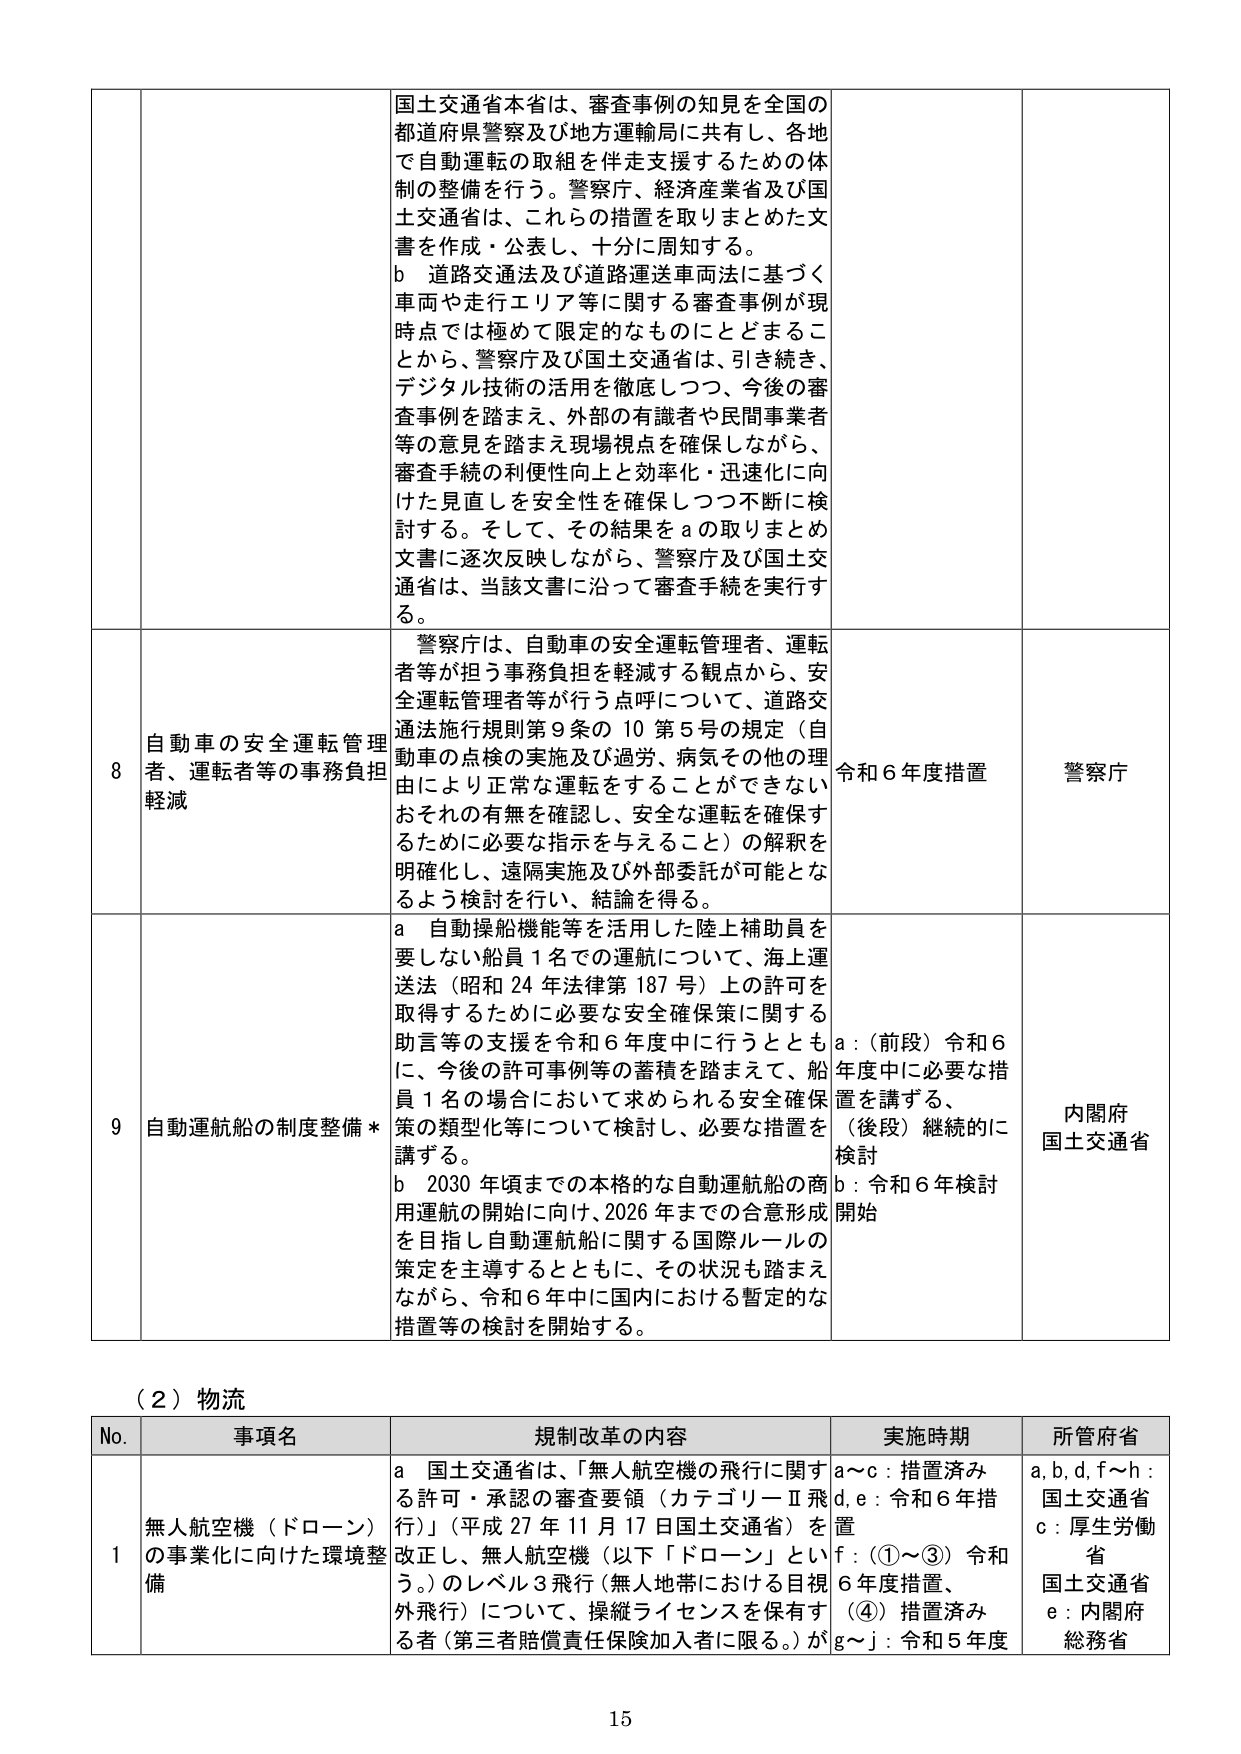
国土交通省本省は、審査事例の知見を全国の都道府県警察及び地方運輸局に共有し、各地で自動運転の取組を伴走支援するための体制の整備を行う。警察庁、経済産業省及び国土交通省は、これらの措置を取りまとめた文書を作成・公表し、十分に周知する。

b　道路交通法及び道路運送車両法に基づく車両や走行エリア等に関する審査事例が現時点では極めて限定的なものにとどまることから、警察庁及び国土交通省は、引き続き、デジタル技術の活用を徹底しつつ、今後の審査事例を踏まえ、外部の有識者や民間事業者等の意見を踏まえ現場視点を確保しながら、審査手続の利便性向上と効率化・迅速化に向けた見直しを安全性を確保しつつ不断に検討する。そして、その結果をaの取りまとめ文書に逐次反映しながら、警察庁及び国土交通省は、当該文書に沿って審査手続を実行する。

8 自動車の安全運転管理者、運転者等の事務負担軽減

警察庁は、自動車の安全運転管理者、運転者等が担う事務負担を軽減する観点から、安全運転管理者等が行う点呼について、道路交通法施行規則第9条の10第5号の規定（自動車の点検の実施及び過労、病気その他の理由により正常な運転をすることができないおそれの有無を確認し、安全な運転を確保するために必要な指示を与えること）の解釈を明確化し、遠隔実施及び外部委託が可能となるよう検討を行い、結論を得る。

令和6年度措置

警察庁

9 自動運航船の制度整備*

a　自動操船機能等を活用した陸上補助員を要しない船員1名での運航について、海上運送法（昭和24年法律第187号）上の許可を取得するために必要な安全確保策に関する助言等の支援を令和6年度中に行うとともに、今後の許可事例等の蓄積を踏まえて、船員1名の場合において求められる安全確保策の類型化等について検討し、必要な措置を講ずる。

b　2030年頃までの本格的な自動運航船の商用運航の開始に向け、2026年までの合意形成を目指し自動運航船に関する国際ルールの策定を主導するとともに、その状況も踏まえながら、令和6年中に国内における暫定的な措置等の検討を開始する。

a：（前段）令和6年度中に必要な措置を講ずる、（後段）継続的に検討
b：令和6年検討開始

内閣府
国土交通省

（2）物流

No.　事項名　　規制改革の内容　　実施時期　　所管府省

1　無人航空機（ドローン）の事業化に向けた環境整備

a　国土交通省は、「無人航空機の飛行に関する許可・承認の審査要領（カテゴリーロII飛行）」（平成27年11月17日国土交通省）を改正し、無人航空機（以下「ドローン」という。）のレベル3飛行（無人地帯における目視外飛行）について、操縦ライセンスを保有する者（第三者賠償責任保険加入者に限る。）が

a～c：措置済み
d, e：令和6年措置
f：(①～③) 令和6年度措置、(④) 措置済み
g～j：令和5年度

a, b, d, f～h：国土交通省
c：厚生労働省
e：内閣府
総務省

15